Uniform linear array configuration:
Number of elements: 24
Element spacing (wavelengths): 0.75
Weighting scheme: exponential
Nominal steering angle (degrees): -45
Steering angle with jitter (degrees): -44.334
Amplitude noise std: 0.05
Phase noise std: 0.05

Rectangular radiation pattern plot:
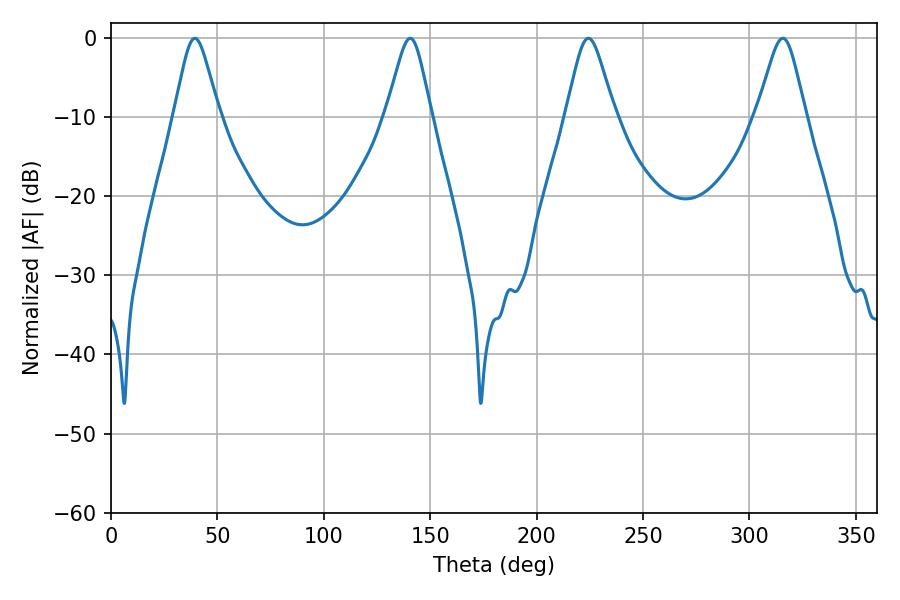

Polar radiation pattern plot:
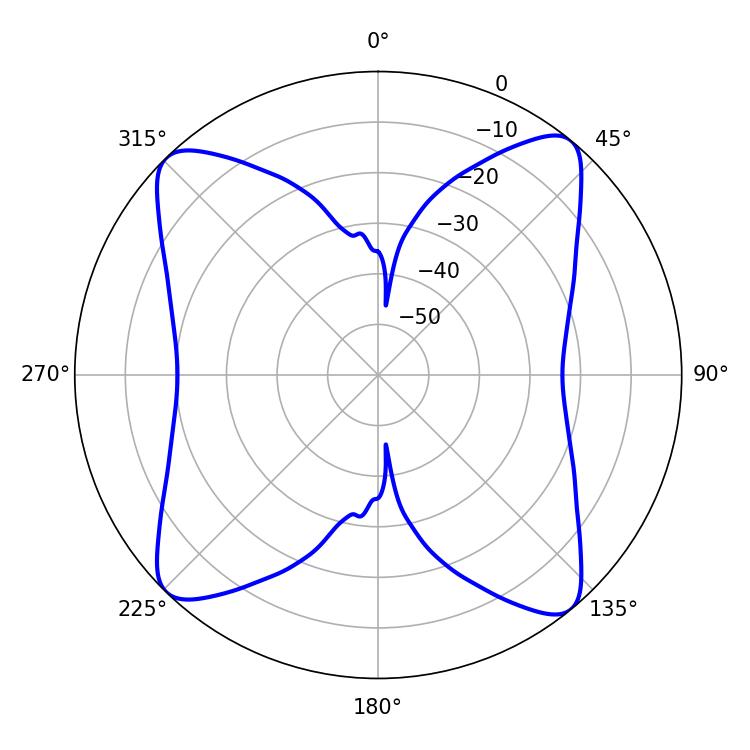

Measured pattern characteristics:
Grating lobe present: TRUE
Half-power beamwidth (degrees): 10.08
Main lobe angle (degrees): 39.42